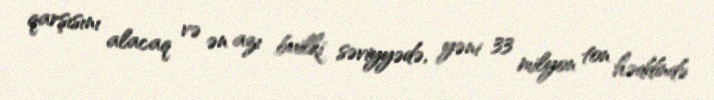
qarşısını alacaq və ən azı builki səviyyədə, yəni 33 milyon ton həddində